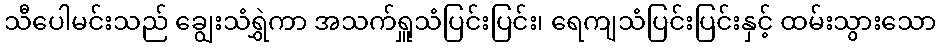
သီပေါမင်းသည် ချွေးသံရွှဲကာ အသက်ရှူသံပြင်းပြင်း၊ ရေကျသံပြင်းပြင်းနှင့် ထမ်းသွားသော